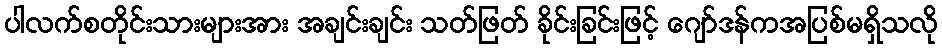
ပါလက်စတိုင်းသားများအား အချင်းချင်း သတ်ဖြတ် ခိုင်းခြင်းဖြင့် ဂျော်ဒန်ကအပြစ်မရှိသလို